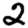
Digit: 2